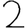
Digit: 2